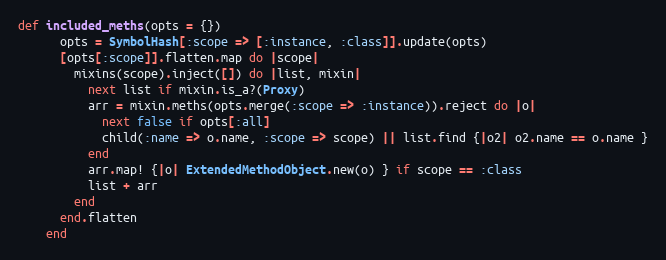
Language: Ruby
def included_meths(opts = {})
      opts = SymbolHash[:scope => [:instance, :class]].update(opts)
      [opts[:scope]].flatten.map do |scope|
        mixins(scope).inject([]) do |list, mixin|
          next list if mixin.is_a?(Proxy)
          arr = mixin.meths(opts.merge(:scope => :instance)).reject do |o|
            next false if opts[:all]
            child(:name => o.name, :scope => scope) || list.find {|o2| o2.name == o.name }
          end
          arr.map! {|o| ExtendedMethodObject.new(o) } if scope == :class
          list + arr
        end
      end.flatten
    end